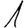
Digit: 1